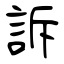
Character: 訴